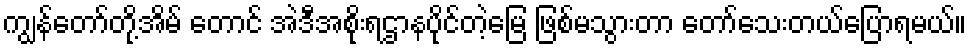
ကျွန်တော်တို့အိမ် တောင် အဲဒီအစိုးရဌာနပိုင်တဲ့မြေ ဖြစ်မသွားတာ တော်သေးတယ်ပြောရမယ်။